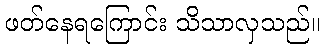
ဖတ်နေရကြောင်း သိသာလှသည်။